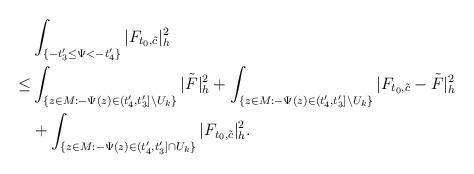
LaTeX: \begin{align*}&\int_{ \{-t'_3\le\Psi<-t'_4\}}|F_{t_0,\tilde{c}}|^2_h\\\le & \int_{\{z\in M:-\Psi(z)\in (t'_4,t'_3]\backslash U_k\}}|\tilde F|^2_h+\int_{\{z\in M:-\Psi(z)\in (t'_4,t'_3]\backslash U_k\}}|F_{t_0,\tilde{c}}-\tilde F|^2_h\\&+\int_{ \{z\in M: -\Psi(z)\in(t'_4,t'_3]\cap U_k\}}|F_{t_0,\tilde{c}}|^2_h.\end{align*}